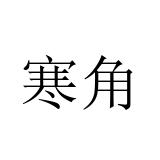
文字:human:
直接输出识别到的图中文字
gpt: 寒角